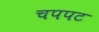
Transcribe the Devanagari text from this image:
चपपट